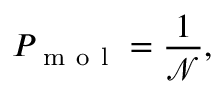
P _ { \mathrm { ~ m ~ o ~ l ~ } } = \frac { 1 } { \mathcal { N } } ,